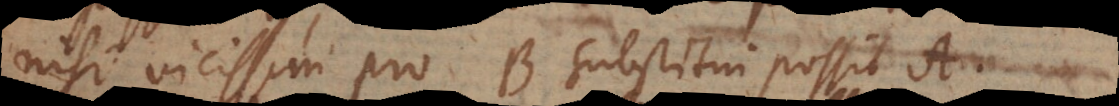
isi vicissim pro B substitui possit A.